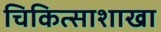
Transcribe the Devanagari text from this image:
चिकित्साशाखा